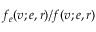
f _ { e } ( v ; e , r ) / f ( v ; e , r )